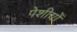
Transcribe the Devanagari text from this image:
पेशीयोँ